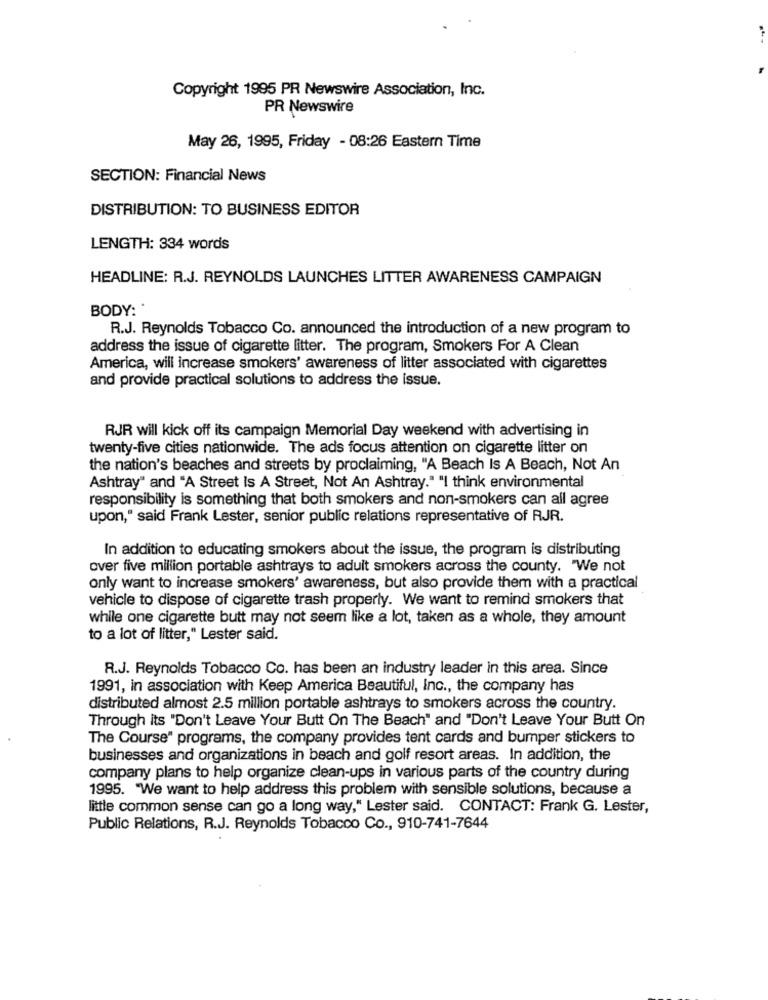
Copyright 1995 PR Newswire Association, Inc.
PR Newswire
May 26, 1995, Friday - 08:26 Eastern Time
SECTION: Financial News
DISTRIBUTION: TO BUSINESS EDITOR
LENGTH: 334 words
HEADLINE: R.J. REYNOLDS LAUNCHES LITTER AWARENESS CAMPAIGN
BODY: *
R.J. Reynolds Tobacco Co. announced the introduction of a new program to
address the issue of cigarette litter. The program, Smokers For A Clean
America, will increase smokers' awareness of litter associated with cigarettes
and provide practical solutions to address the issue.
RJR will kick off its campaign Memorial Day weekend with advertising in
twenty-five cities nationwide. The ads focus attention on cigarette litter on
the nation's beaches and streets by proclaiming, "A Beach Is A Beach, Not An
Ashtray" and "A Street Is A Street, Not An Ashtray." "I think environmental
responsibility is something that both smokers and non-smokers can all agree
upon," said Frank Lester, senior public relations representative of RJR.
In addition to educating smokers about the issue, the program is distributing
over five million portable ashtrays to adult smokers across the county. "We not
only want to increase smokers' awareness, but also provide them with a practical
vehicle to dispose of cigarette trash properly. We want to remind smokers that
while one cigarette butt may not seem like a lot, taken as a whole, they amount
to a lot of litter," Lester said.
R.J. Reynolds Tobacco Co. has been an industry leader in this area. Since
1991, in association with Keep America Beautiful, Inc ., the company has
distributed almost 2.5 million portable ashtrays to smokers across the country.
Through its "Don't Leave Your Butt On The Beach" and "Don't Leave Your Butt On
The Course" programs, the company provides tent cards and bumper stickers to
businesses and organizations in beach and golf resort areas. In addition, the
company plans to help organize clean-ups in various parts of the country during
1995. "We want to help address this problem with sensible solutions, because a
little common sense can go a long way," Lester said. CONTACT: Frank G. Lester,
Public Relations, R.J. Reynolds Tobacco Co ., 910-741-7644